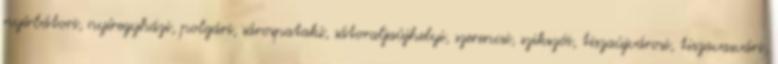
nyírbátori, nyíregyházi, polgári, sárospataki, sátoraljaújhelyi, szerencsi, szikszói, tiszaújvárosi, tiszavasvári,